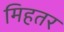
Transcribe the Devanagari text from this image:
मिहतर